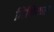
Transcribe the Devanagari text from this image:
मिथिकल